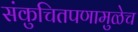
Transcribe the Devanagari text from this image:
संकुचितपणामुळेच